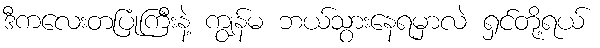
ဒီကလေးတပြုံကြီးနဲ့ ကျွန်မ ဘယ်သွားနေရမှာလဲ ရှင်တို့ရယ်